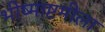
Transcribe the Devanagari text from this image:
भीष्माष्टमीला